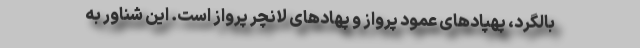
بالگرد، پهپادهای عمود پرواز و پهادهای لانچر پرواز است. این شناور به